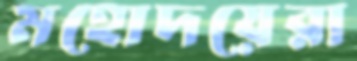
মহোদয়েরা